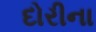
દોરીના